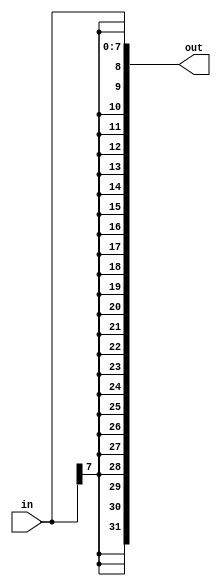
module top_module (
    input [7:0] in,
    output [31:0] out );//
	// The replication operator allows repeating a vector and concatenating them together:
	//{num{vector}}
    
    //this is sign-extending a smaller number to a larger one
    assign out = { {24{in[7]}} , in[7:0] };

endmodule